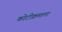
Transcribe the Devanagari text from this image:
कोटीक्रमाला